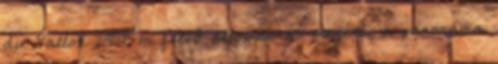
du Vallon 2952 m felső állomásra, megéri, a panoráma